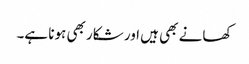
کھانے بھی ہیں اور شکار بھی ہونا ہے۔